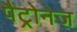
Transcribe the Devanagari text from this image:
पैट्रोनेज